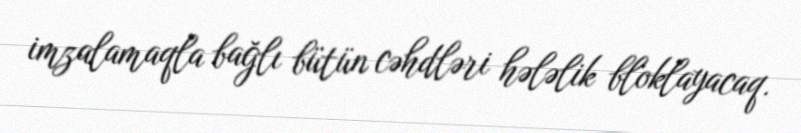
imzalamaqla bağlı bütün cəhdləri hələlik bloklayacaq.